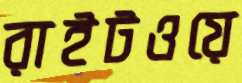
রাইটওয়ে